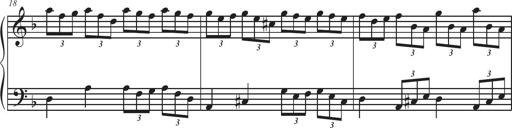
Title: Sonatina Espania
Composer: Jerald Franklin Archer
Key: Various